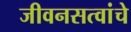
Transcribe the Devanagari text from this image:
जीवनसत्वांचे